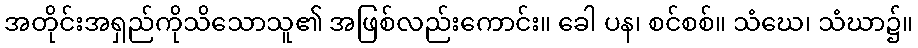
အတိုင်းအရှည်ကိုသိသောသူ၏ အဖြစ်လည်းကောင်း။ ခေါ ပန၊ စင်စစ်။ သံဃေ၊ သံဃာ၌။